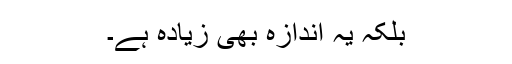
بلکہ یہ اندازہ بھی زیادہ ہے۔